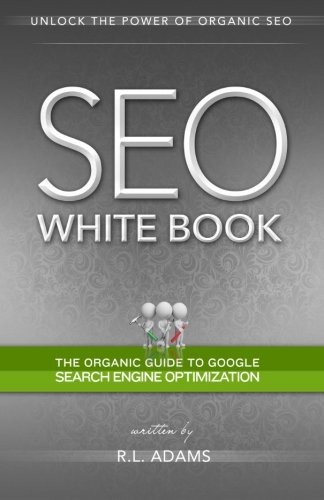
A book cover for SEO White Book: The Organic Guide to Google Search Engine Optimization (The SEO Series); R L Adams; Computers & Technology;